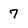
Character: 7